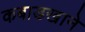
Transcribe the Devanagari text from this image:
कबाडखाने